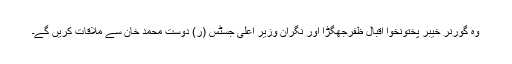
وہ گورنر خیبر پختونخوا اقبال ظفرجھگڑا اور نگران وزیر اعلیٰ جسٹس (ر) دوست محمد خان سے ملاقات کریں گے۔